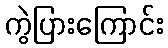
ကွဲပြားကြောင်း